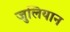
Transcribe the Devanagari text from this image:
जुलियान